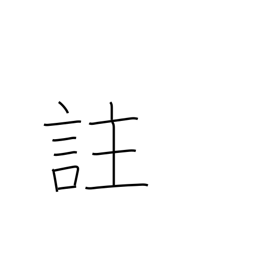
Meaning: comment